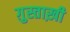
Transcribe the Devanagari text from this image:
ग़ुस्ताख़ी